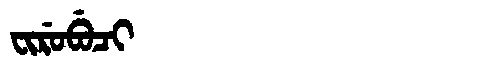
Manchu: ᠸᡳᡵᡠᠪᡠᠴᡳ
Romanization: FIRUBUCI